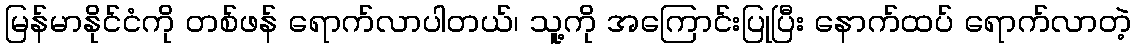
မြန်မာနိုင်ငံကို တစ်ဖန် ရောက်လာပါတယ်၊ သူ့ကို အကြောင်းပြုပြီး နောက်ထပ် ရောက်လာတဲ့